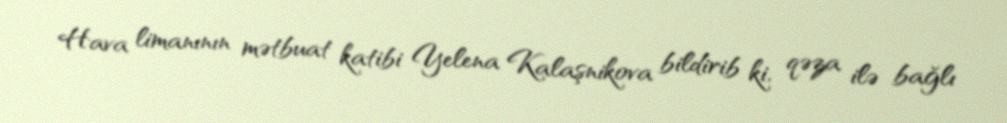
Hava limanının mətbuat katibi Yelena Kalaşnikova bildirib ki, qəza ilə bağlı